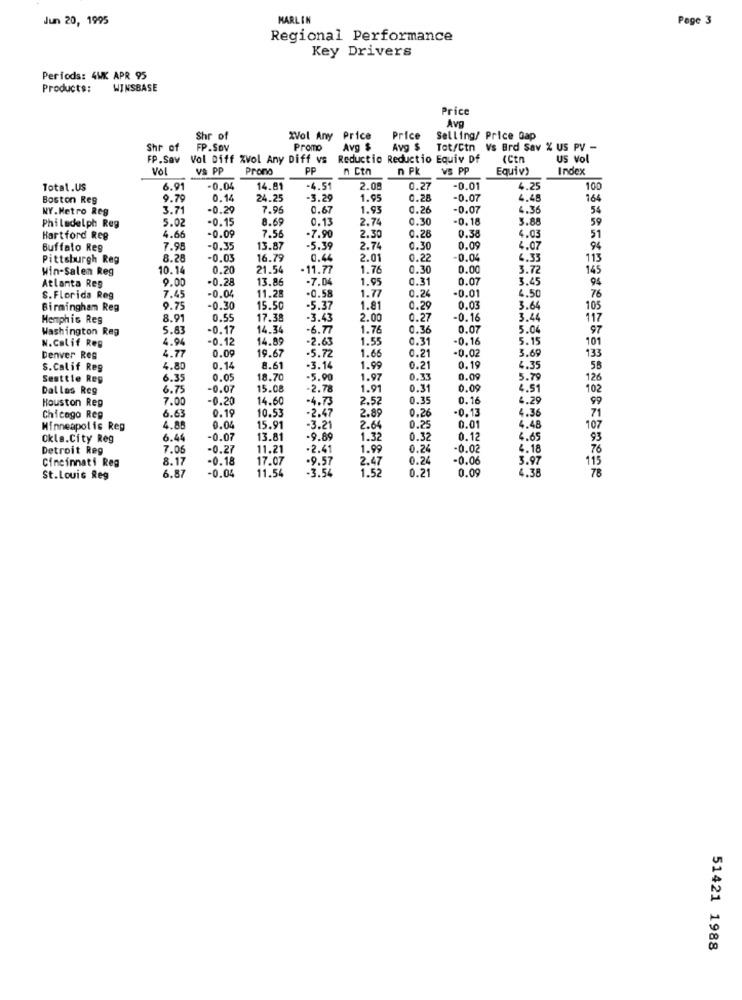
Jun 20, 1995
MARLIN
Page 3
Regional Performance
Key Drivers
Periods: 4WK APR 95
Products:
WINSBASE
Price
Avg
Shr of
XVol Any Price
Price
Selling/ Price Gap
Shr of
FP.Sov
Promo
Avg $
Avg $
Tot/Ctn Vs Brd Sav % US PV -
FP.Sav
Vol Diff %Vol Any Diff vs
Reductio Reductio Equiv Df
(Ctn
US Vol
Vol
Va PP
Prono
PP
n Ctn
VS PP
Equiv)
Index
Total.US
6.91
-0.04
14.81
-4.51
2.08
0.27
-0.01
4.25
100
Boston Reg
9.79
0.1
24.25
-3.29
1.95
0.28
-0.07
4.48
164
NY.Metro Reg
3.7
-0.29
7.96
0.67
1.93
0.26
-0.07
4.36
54
5.0
-0.15
8.69
0.13
2.74
0.30
-0.18
3.88
59
Philadelph Reg
-0.09
-7.90
Hartford Reg
4.66
7.56
2.30
0.28
0.38
4.03
51
Buffalo Reg
7.98
-0.35
13.87
-5.39
2.74
0.3
0.09
4.07
94
Pittsburgh Reg
8.28
0.03
16.79
0.44
2.01
0.22
-0.04
4.33
113
Win-Salen Reg
10.14
0.20
21.54
.11.77
1.76
0.30
0.00
3.72
145
9.00
-0.28
13.86
-7.0
1.95
0.3
0.07
3.45
9
Atlanta Reg
11.28
-0.58
0.24
-0.01
4.50
S. Florida Reg
7.45
-0.04
1.77
76
Birmingham Reg
9.7
-0.30
15.50
-5.37
1.81
0.29
0.03
3.64
105
Hemphis Reg
8.9
0.55
17.38
-3.43
2.00
0.2
-0.16
3.44
117
Washington Reg
5.83
-0.17
14.34
-6.77
1.76
1.36
0.07
5.0
97
N.Calif Reg
4.94
0.12
14.89
-2.63
1.55
0.31
-0.16
5.15
101
4.77
0.09
19.67
-5.72
1.66
0.21
-0.02
3.6
133
Denver Reg
S. Calif Reg
4.80
0.1
8.61
-3.14
1.99
0.21
0.19
4.35
55
Seattle Reg
6.35
0.05
18.70
-5.90
1.97
0.35
0.09
5.79
126
Dallas Reg
6.75
-0.07
15.08
-2.78
1.91
0.31
0.09
4.51
102
Houston Rep
7.00
-0.20
14.60
-4.73
2.52
0.35
0.16
4.29
99
6.63
0.19
10.53
-2.47
2.89
0.26
-0.13
4.36
71
Chicago Reg
-3.21
0.01
4.48
107
Minneapolis Reg
4.88
0.00
15.91
2.64
0.25
Okla.City Reg
6.4
-0.07
13.81
-9.69
1.32
0.3:
0.12
4.65
93
Detroit Reg
7.0
-0.27
11.21
-2.41
1.99
0.26
-0.02
4.18
76
Cincinnati Reg
8.1
-0.18
17.07
-9.57
2.4
0.24
-0.06
3.97
115
6.8
-0.04
11.54
-3.54
1.5
0.21
0.09
4.38
78
St.Louis Reg
51421 1988